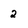
Character: 2